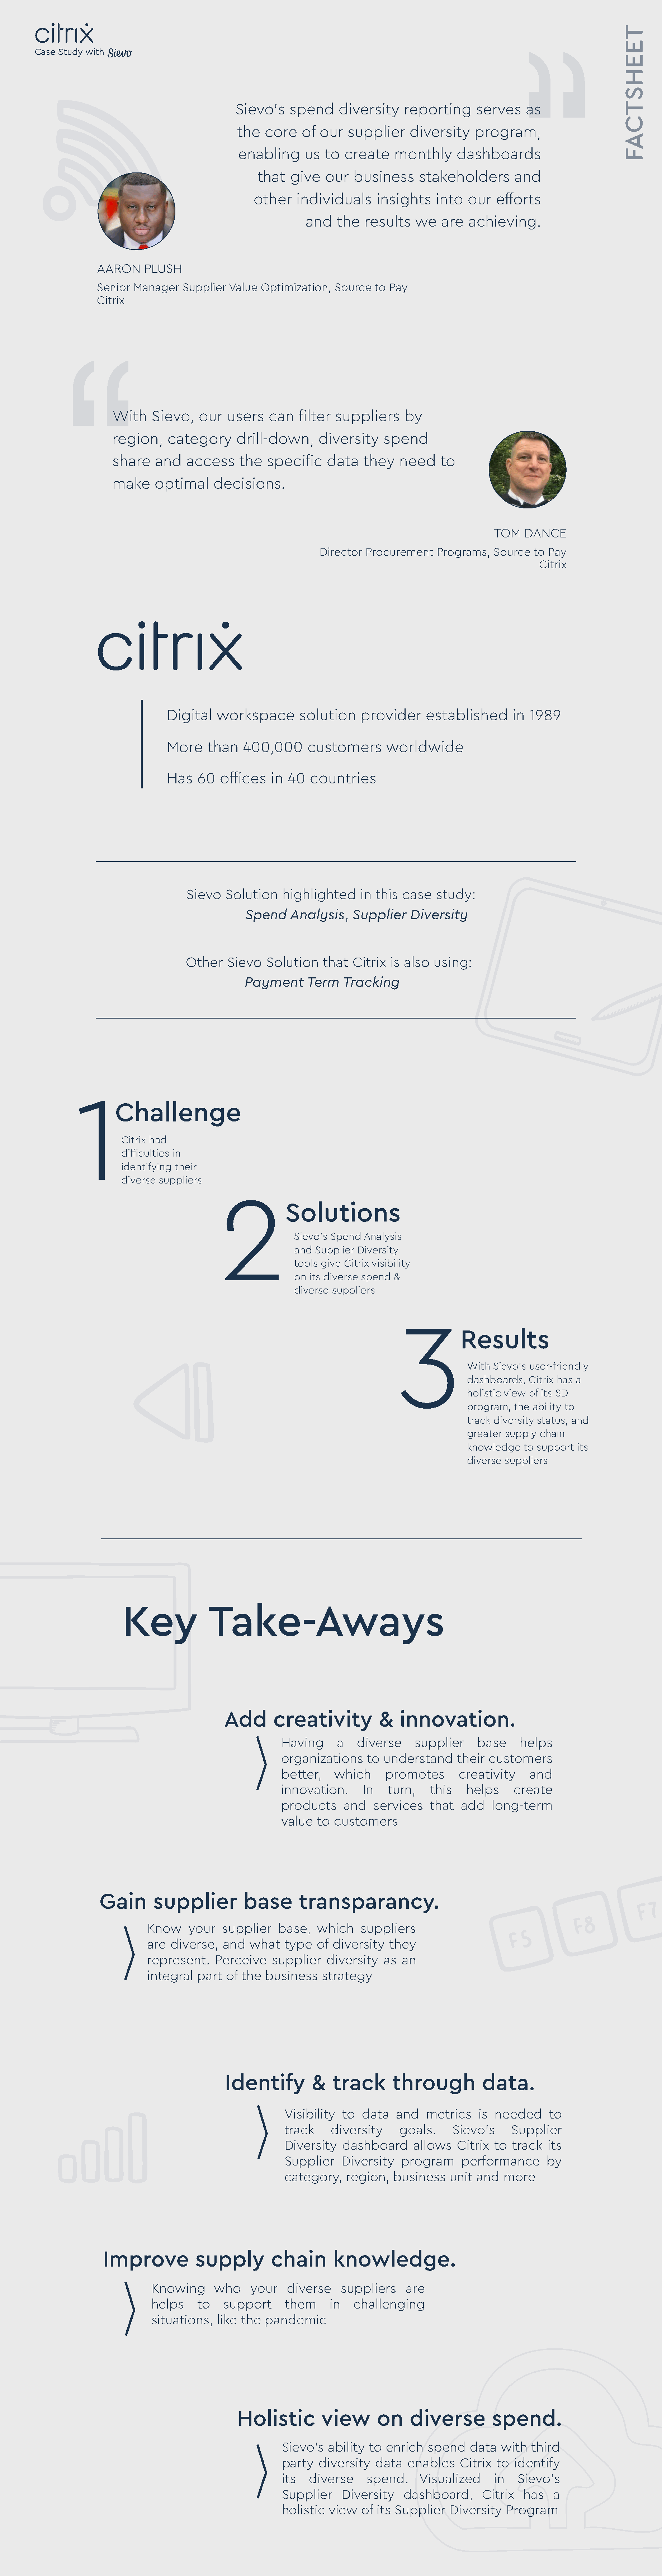
Case Study with
 Sievo’s   spend    diversity    reporting    serves   as
 the  core   of our  supplier    diversity   program,
 enabling    us  to  create   monthly    dashboards
 that   give  our  business    stakeholders      and
 other   individuals   insights   into  our   efforts
 and   the  results   we  are  achieving.
 AARON    PLUSH
 Senior Manager  Supplier Value Optimization, Source to Pay
 Citrix
 With   Sievo,   our  users   can  filter suppliers    by
 region,   category     drill-down,    diversity   spend
 share   and  access    the  specific   data   they   need   to
 make    optimal   decisions.
 TOM   DANCE
 Director Procurement  Programs, Source  to Pay
 Citrix
 Digital  workspace      solution    provider    established     in 1989
 More   than   400,000     customers     worldwide
 Has  60   offices  in 40  countries
 Sievo   Solution  highlighted   in this case  study:
 Spend    Analysis,  Supplier   Diversity
 Other   Sievo  Solution   that Citrix is also using:
 Payment     Term  Tracking
 1
 Challenge
 Citrix had
 difficulties in
 identifying their
 diverse suppliers
 2
 Solutions
 Sievo’s Spend Analysis
 and Supplier Diversity
 tools give Citrix visibility
 on its diverse spend &
 diverse suppliers
 3
 Results
 With Sievo’s user-friendly
 dashboards, Citrix has a
 holistic view of its SD
 program, the ability to
 track diversity status, and
 greater supply chain
 knowledge  to support its
 diverse suppliers
 Key            Take-Aways
 Add      creativity          &   innovation.
 Having    a   diverse    supplier   base    helps
 organizations   to understand   their customers
 better,   which    promotes      creativity   and
 innovation.    In   turn,  this   helps    create
 products   and   services  that  add   long-term
 value  to customers
 Gain      supplier         base      transparancy.
 Know    your  supplier  base,   which   suppliers
 are diverse,  and  what   type  of diversity they
 represent.   Perceive  supplier  diversity  as an
 integral part  of the business  strategy
 Identify        &  track      through          data.
 Visibility to  data  and   metrics  is needed    to
 track    diversity    goals.    Sievo’s   Supplier
 Diversity  dashboard    allows  Citrix to  track its
 Supplier   Diversity  program    performance     by
 category,   region,  business  unit and  more
 Improve          supply        chain      knowledge.
 Knowing     who   your   diverse   suppliers   are
 helps   to   support     them    in  challenging
 situations, like the pandemic
 Holistic       view       on    diverse        spend.
 Sievo’s  ability to enrich spend   data with  third
 party  diversity data  enables   Citrix to identify
 its  diverse    spend.   Visualized    in   Sievo’s
 Supplier   Diversity   dashboard,    Citrix  has  a
 holistic view  of its Supplier Diversity Program
 TEEHSTCAF